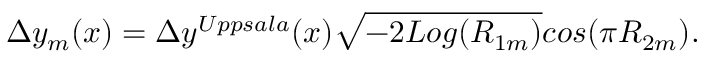
\Delta y _ { m } ( x ) = \Delta y ^ { U p p s a l a } ( x ) \sqrt { - 2 L o g ( R _ { 1 m } ) } c o s ( \pi R _ { 2 m } ) .